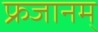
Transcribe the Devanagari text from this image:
फ्रजानम्